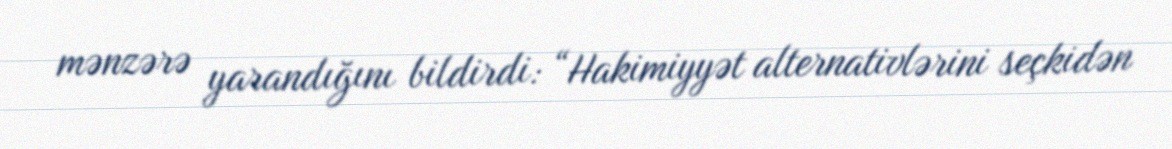
mənzərə yarandığını bildirdi: “Hakimiyyət alternativlərini seçkidən